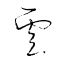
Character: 雲